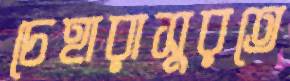
চেহারাসুরতে